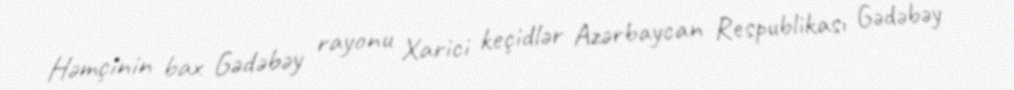
Həmçinin bax Gədəbəy rayonu Xarici keçidlər Azərbaycan Respublikası Gədəbəy